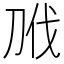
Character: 𭃝